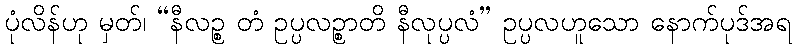
ပုံလိန်ဟု မှတ်၊ “နီလဉ္စ တံ ဥပ္ပလဉ္စာတိ နီလုပ္ပလံ” ဥပ္ပလဟူသော နောက်ပုဒ်အရ